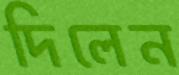
দিলেন